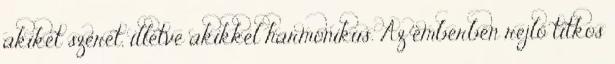
akiket szeret, illetve akikkel harmonikus. Az emberben rejlő titkos